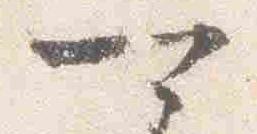
可